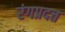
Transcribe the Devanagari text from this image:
रंगप्रदत्त